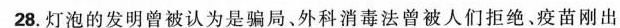
28.灯泡的发明曾被认为是骗局、外科消毒法曾被人们拒绝。疫苗刚出